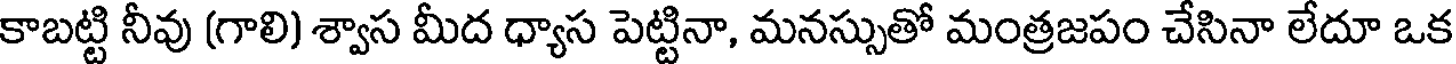
కాబట్టి నీవు (గాలి) శ్వాస మీద ధ్యాస పెట్టినా, మనస్సుతో మంత్రజపం చేసినా లేదూ ఒక